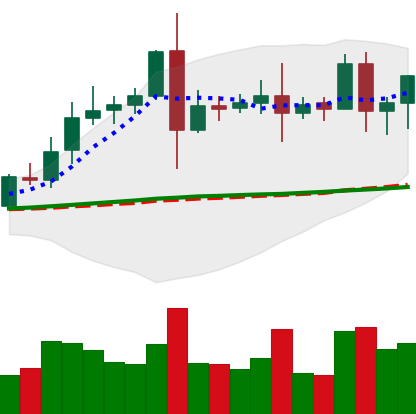
Ticker: EOS-USD
Chart end date: 2020-08-13
Forward return: 12.816%
Label: up_7plus